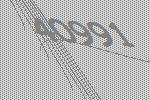
40991